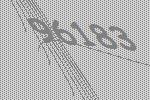
96183